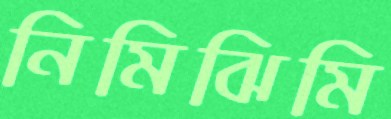
নিমিঝিমি